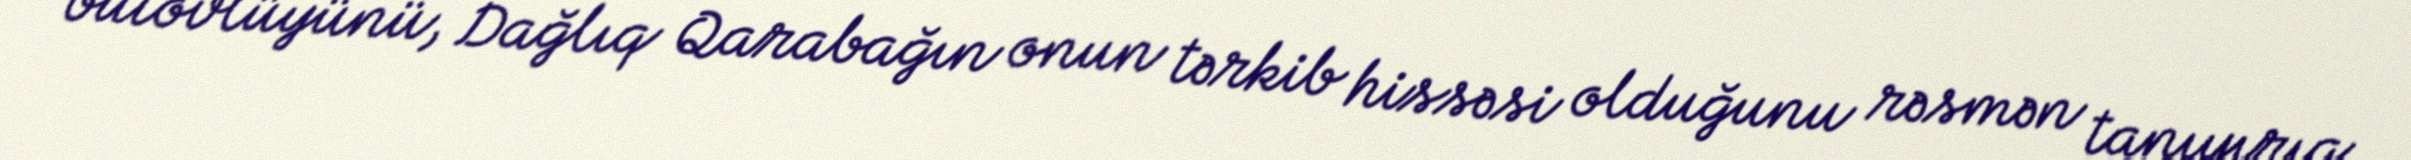
bütövlüyünü, Dağlıq Qarabağın onun tərkib hissəsi olduğunu rəsmən tanıyırıq.